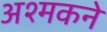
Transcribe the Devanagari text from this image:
अश्मकने